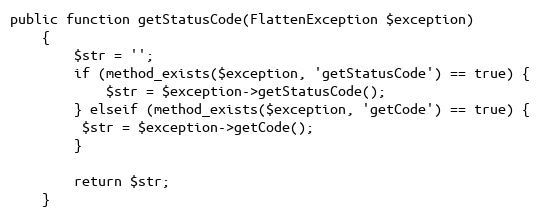
Language: PHP
public function getStatusCode(FlattenException $exception)
    {
        $str = '';
        if (method_exists($exception, 'getStatusCode') == true) {
            $str = $exception->getStatusCode();
        } elseif (method_exists($exception, 'getCode') == true) {
         $str = $exception->getCode();
        }

        return $str;
    }